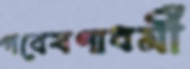
গবেষণাধর্মী